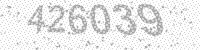
Solution: 426039